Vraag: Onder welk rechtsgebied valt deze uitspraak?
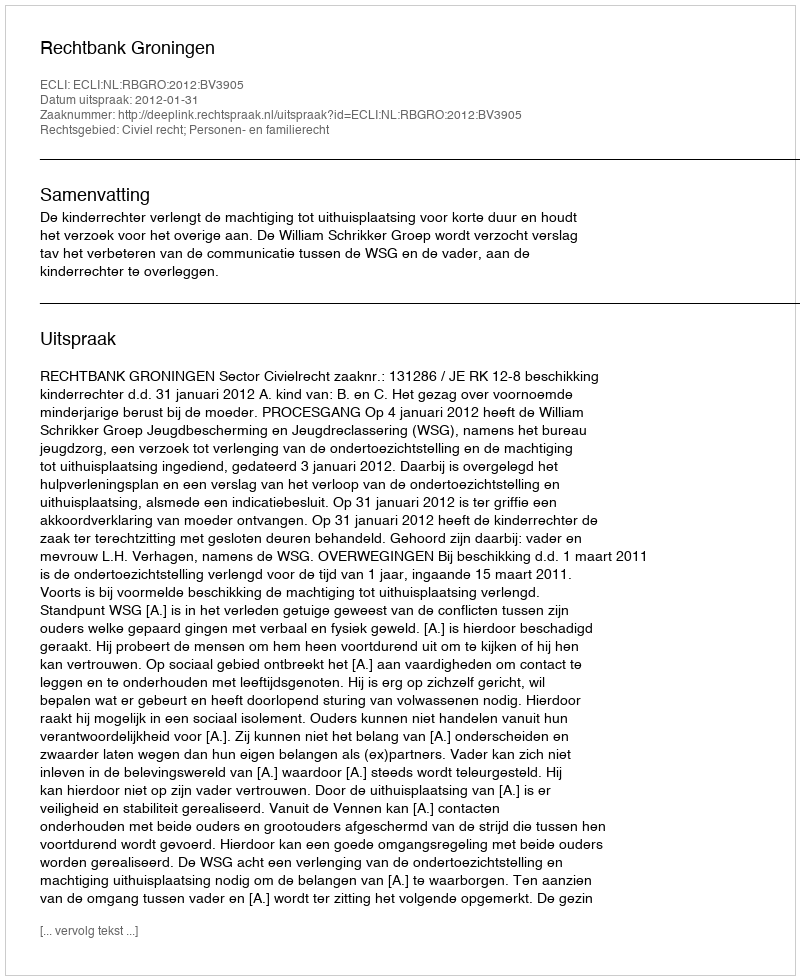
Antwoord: Civiel recht; Personen- en familierecht